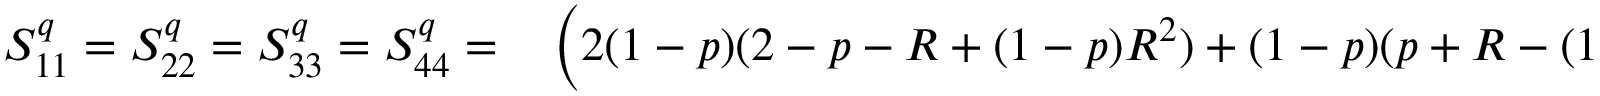
\begin{array} { r l } { S _ { 1 1 } ^ { q } = S _ { 2 2 } ^ { q } = S _ { 3 3 } ^ { q } = S _ { 4 4 } ^ { q } = } & { { } \left( 2 ( 1 - p ) ( 2 - p - R + ( 1 - p ) R ^ { 2 } ) + ( 1 - p ) ( p + R - ( 1 - p ) R ^ { 2 } ) \frac { e V } { k _ { B } \mathcal { T } } \right. } \end{array}